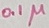
Text: 0.1µ